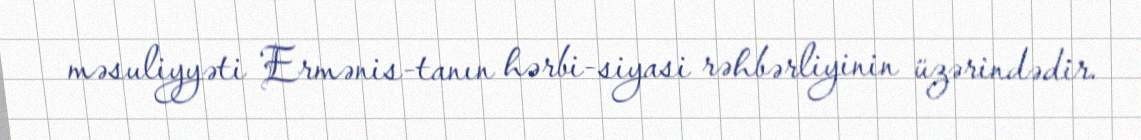
məsuliyyəti Ermənis­tanın hərbi-siyasi rəhbərliyinin üzərindədir.